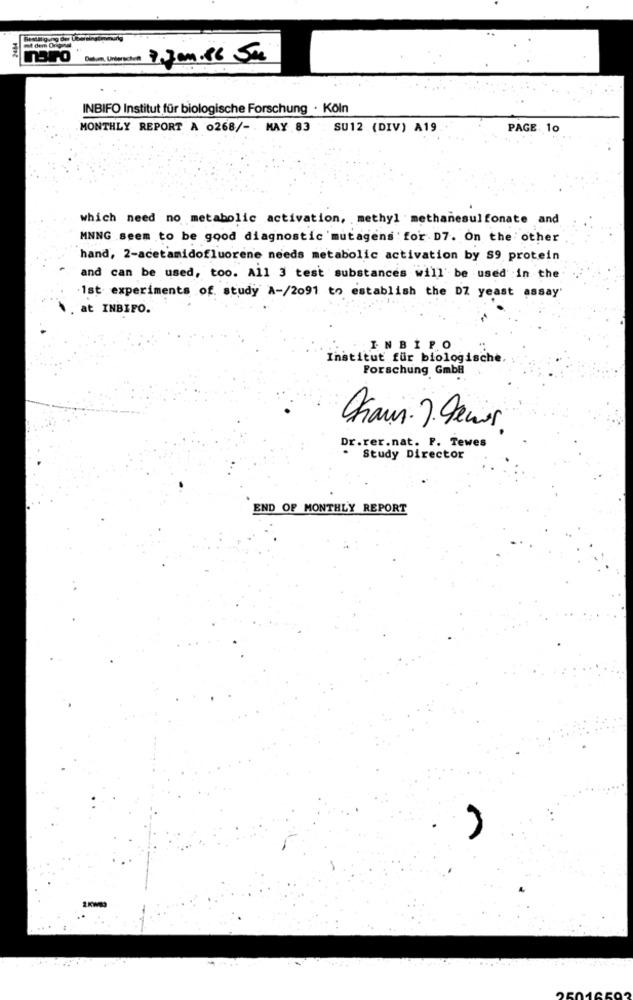
ot dem Ong
Daten Unterche 7.Jan.86 Se
INBIFO Institut für biologische Forschung . Köln
MONTHLY REPORT A 0268/ -. MAY 83 SU12 (DIV) A19
PAGE 10
which need no metabolic activation, methyl methanesulfonate and
MNNG seem to be good diagnostic mutagens for D7. On the other
hand, 2-acetamidofluorene needs metabolic activation by S9 protein
and can be used, too. All 3 test substances will' be used in the
1st experiments of study A-/2091 to establish the DZ yeast assay
at INBIFO.
INBİPO
Institut für biologische
Forschung GmbH
Chaus ? Deur
Dr.rer.nat. P. Tewes
Study Director
END OF MONTHLY REPORT